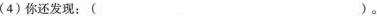
(4)你还发现：( )。